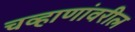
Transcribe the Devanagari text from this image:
चव्हाणांवरील